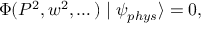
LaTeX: \Phi ( P ^ { 2 } , w ^ { 2 } , \dots ) \mid \psi _ { p h y s } \rangle = 0 ,